Indian journal of veterinary science and animal husbandry - Volume 12,
Year: 1942
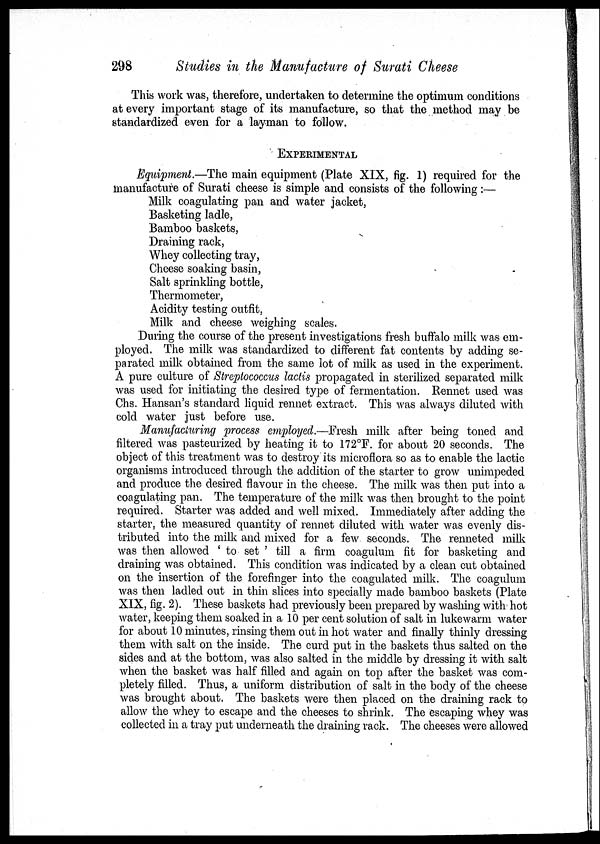
298
Studies in the Manufacture of Surati Cheese
This work was, therefore, undertaken to determine the optimum conditions
at every important stage of its manufacture, so that the method may be
standardized even for a layman to follow.
EXPERIMENTAL
Equipment.—The main equipment (Plate XIX, fig. 1) required for the
manufacture of Surati cheese is simple and consists of the following:—
Milk coagulating pan and water jacket,
Basketing ladle,
Bamboo baskets,
Draining rack,
Whey collecting tray,
Cheese soaking basin,
Salt sprinkling bottle,
Thermometer,
Acidity testing outfit,
Milk and cheese weighing scales.
During the course of the present investigations fresh buffalo milk was em-
ployed. The milk was standardized to different fat contents by adding se-
parated milk obtained from the same lot of milk as used in the experiment.
A pure culture of Streptococcus lactis propagated in sterilized separated milk
was used for initiating the desired type of fermentation. Rennet used was
Chs. Hansan's standard liquid rennet extract. This was always diluted with
cold water just before use.
Manufacturing process employed.—Fresh milk after being toned and
filtered was pasteurized by heating it to 172°F. for about 20 seconds. The
object of this treatment was to destroy its microflora so as to enable the lactic
organisms introduced through the addition of the starter to grow unimpeded
and produce the desired flavour in the cheese. The milk was then put into a
coagulating pan. The temperature of the milk was then brought to the point
required. Starter was added and well mixed. Immediately after adding the
starter, the measured quantity of rennet diluted with water was evenly dis-
tributed into the milk and mixed for a few seconds. The renneted milk
was then allowed ' to set ' till a firm coagulum fit for basketing and
draining was obtained. This condition was indicated by a clean cut obtained
on the insertion of the forefinger into the coagulated milk. The coagulum
was then ladled out in thin slices into specially made bamboo baskets (Plate
XIX, fig. 2). These baskets had previously been prepared by washing with hot
water, keeping them soaked in a 10 per cent solution of salt in lukewarm water
for about 10 minutes, rinsing them out in hot water and finally thinly dressing
them with salt on the inside. The curd put in the baskets thus salted on the
sides and at the bottom, was also salted in the middle by dressing it with salt
when the basket was half filled and again on top after the basket was com-
pletely filled. Thus, a uniform distribution of salt in the body of the cheese
was brought about. The baskets were then placed on the draining rack to
allow the whey to escape and the cheeses to shrink. The escaping whey was
collected in a tray put underneath the draining rack. The cheeses were allowed